Civil Veterinary Dept. North-West Frontier Province 1901-22 - 1901-1922
Year: 1901
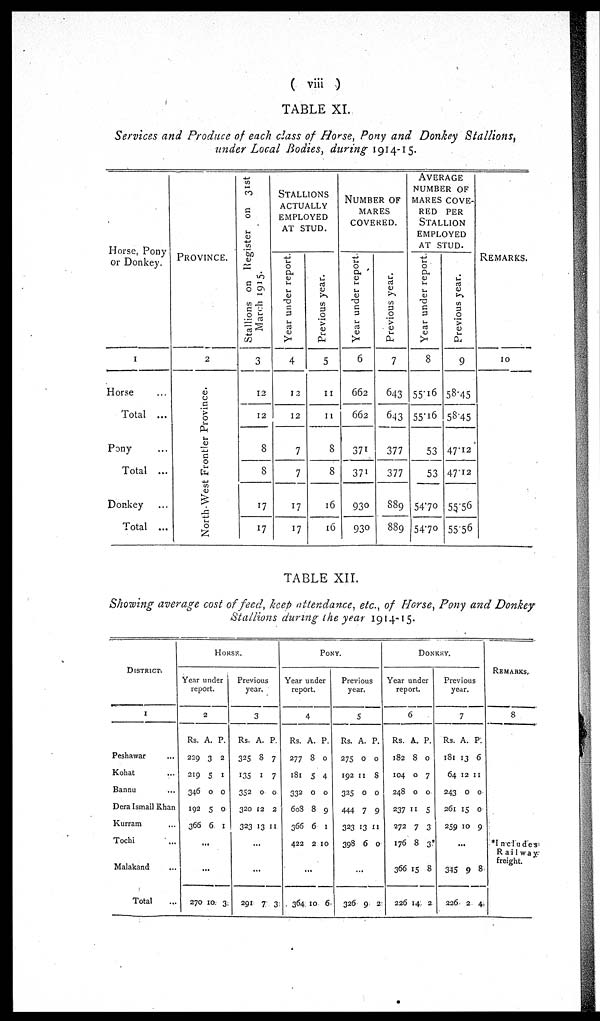
( viii )
TABLE XL
Services and Produce of each class of Horse, Pony and Donkey Stallions,
wider Local Bodies, during 1914-15.
Horse, Pony
or Donkey.
1
Horse ...
Total ...
Pony ...
Total ...
Donkey ...
Total ...
PROVINCE.
2
North-West Frontier Province.
Stallions on Register on 31st
March 1915.
3
12
12
8
8
17
17
STALLIONS
ACTUALLY
EMPLOYED
AT STUD.
Year under report.
4
12
12
7
7
17
17
Previous year.
5
11
11
8
8
16
16
NUMBER OF
MARES
COVERED.
Year under report.
6
662
662
371
371
930
930
Previous year.
7
643
643
377
377
889
889
AVERAGE
NUMBER OF
MARES COVE-
--- PER
STALLION
EMPLOYED
AT STUD.
Year under report.
8
55.16
55.16
53
53
54.70
54.70
Previous year.
9
58.45
58.45
47.12
47.12
55.56
55.56
REMARKS.
10
TABLE XII.
Showing average cost of feed, keep attendance, etc., of Horse, Pony and Donkey
Stallions during the year 1914-15.
DISTRICT.
1
Peshawar ...
Kohat ...
Bannu ...
Dera Ismail Khan
Kurram ...
Tochi ...
Malakand ...
Total ...
HORSE.
Year under
report.
2
Rs.
229
219
346
192
366
270
A.
3
5
0
5
6.
...
...
10
P.
2
1
0
0
1
3
Previous
year.
3
Rs.
325
135
352
320
323
291
A.
8
1
0
12
13
...
...
7
P.
7
7
0
2
11
3
PONY.
Year under
report.
4
Rs.
277
181
332
6o3
366
422
364
A.
8
5
0
8
6
2
...
10
P.
0
4
0
9
1
10
6
Previous
year.
5
Rs.
275
192
325
444
323
398
326
A.
0
11
0
7
13
6
...
9
P.
0
8
0
9
11
0
2
DONKEY.
Year under
report.
6
Rs.
182
104
248
237
272
176
366
226
A.
8
0
0
11
7
8
15
14
P.
0
7
0
5
3
3*
8
2
Previous
year.
7
Rs.
181
64
243
261
259
345
226
A.
13
12
0
15
10
...
9
2
P.
6
11
0
0
9
8
4
REMARKS.
8
*Includes
Rai1way
freight.